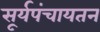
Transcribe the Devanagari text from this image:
सूर्यपंचायतन